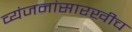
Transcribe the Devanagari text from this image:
व्यंजनांसारखीच